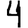
Digit: 4